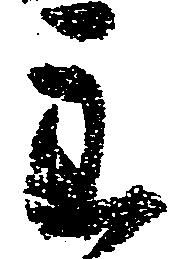
主